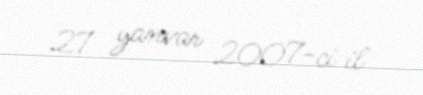
27 yanvar 2007-ci il